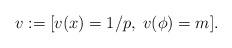
LaTeX: \begin{align*} v := [v(x) = 1/p,\; v(\phi) = m]. \end{align*}